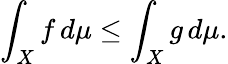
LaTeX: \int_{X}f\, d\mu\leq\int_{X}g\, d\mu.